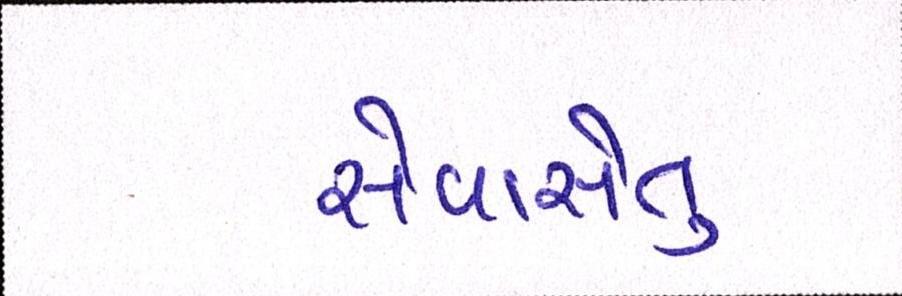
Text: સેવાસેતુ